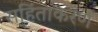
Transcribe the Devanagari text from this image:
सहिंताकरण